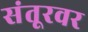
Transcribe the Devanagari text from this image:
संतूरवर